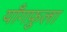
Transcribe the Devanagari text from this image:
याँगफ़ुला